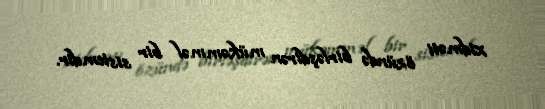
xidməti özündə birləşdirən mükəmməl bir sistemdir.